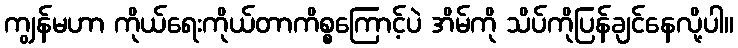
ကျွန်မဟာ ကိုယ်ရေးကိုယ်တာကိစ္စကြောင့်ပဲ အိမ်ကို သိပ်ကိုပြန်ချင်နေလို့ပါ။